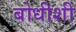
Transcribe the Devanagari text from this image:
बोधीशी